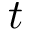
t